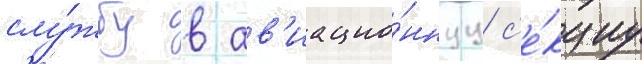
слу́жбу в ав'иацио́ннуу с'е́кциу